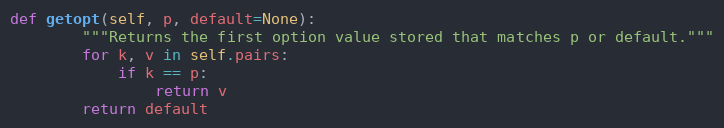
Language: Python
def getopt(self, p, default=None):
        """Returns the first option value stored that matches p or default."""
        for k, v in self.pairs:
            if k == p:
                return v
        return default